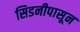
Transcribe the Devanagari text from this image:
सिडनीपासून